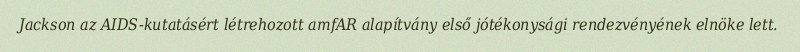
Jackson az AIDS-kutatásért létrehozott amfAR alapítvány első jótékonysági rendezvényének elnöke lett.